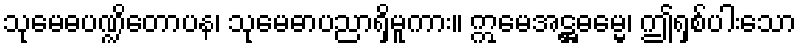
သုမေဓပဏ္ဍိတောပန၊ သုမေဓာပညာရှိမူကား။ ဣမေအဋ္ဌဓမ္မေ၊ ဤရှစ်ပါးသော